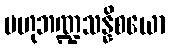
ဗဟုဘဏ္ဍသန္နိစယော